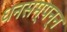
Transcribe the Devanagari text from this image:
धनसम्पन्न